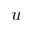
u